Civil Veterinary Department. Madras. Admin. report 1926-33 - 1926-1933
Year: 1926
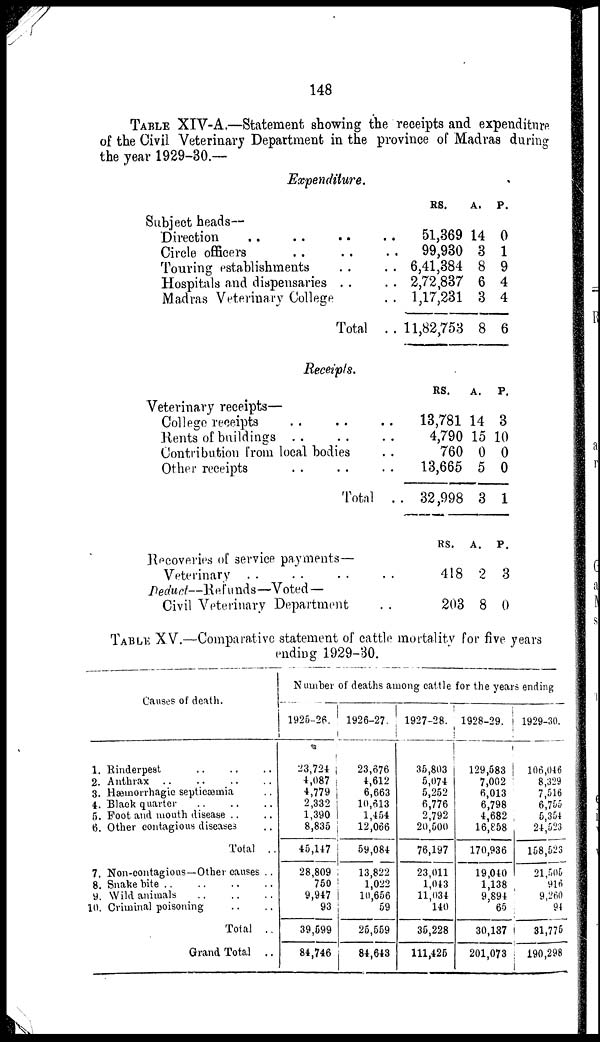
148
TABLE XIV-A.—Statement showing the receipts and expenditure
of the Civil Veterinary Department in the province of Madras during
the year 1929-30 —
Expenditure.
Subject heads—
Direction .. .. .. ..
Circle officers
Touring establishments .. ..
Hospitals and dispensaries .. ..
Madras Veterinary College ..
Total ..
RS.
51,369
99,930
6,41,384
2,72,837
1,17,231
11,82,753
A.
14
3
8
6
3
8
P.
0
1
9
4
4
6
Receipts.
Veterinary receipts—
College receipts .. .. .. ..
Rents of buildings .. .. .. ..
Contribution from local bodies
Other receipts .. .. ..
Total ..
RS.
13,781
4,790
760
13,665
32,998
A.
14
15
0
5
3
P.
3
10
0
0
1
Recoveries of service payments-
Veterinary
Deduct—Refunds—Voted —
Civil Veterinary Department
RS.
418
203
A.
2
8
P.
3
0
TABLE XV.—Comparative statement of cattle mortality for five years
ending 1929-30.
Causes of death.
1. Rinderpest .. .. ..
2. Anthrax
3. Hæmorrhagic septicæmia
4. Black quarter .. .. .. ..
5. Foot and mouth disease .. ..
6. Other contagious diseases
Total ..
7. Non-contagious—Other causes ..
8. Snake bite
9. Wild animals
10. Criminal poisoning
Total ..
Grand Total ..
Number of deaths among cattle for the years ending
1925-26.
23,724
4,087
4,779
2,332
1,390
8,835
45,147
28,809
750
9,947
93
39,599
84,746
1926-27.
23,676
4,612
6,663
10,613
1,454
12,066
59,084
13,822
1,022
10,656
59
25,559
84,643
1927-28.
35,803
5,074
5,252
6,776
2,792
20,500
76,197
23,011
1,043
11,034
140
35,228
111,425
1928-29.
129,583
7,002
6,013
6,798
4,682
16,858
170,936
19,040
1,138
9,894
65
30,137
201,073
1929-30.
106,046
8,329
7,516
6,755
5,354
24,523
158,523
21,505
916
9,260
94
31,775
190,298